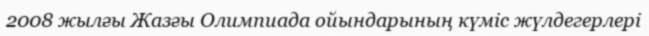
2008 жылғы Жазғы Олимпиада ойындарының күміс жүлдегерлері